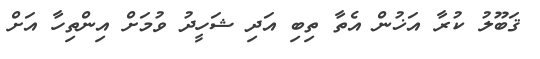
ޤަބޫލު ކުރާ އަޚުން އެތާ ތިބި އަދި ޝަހީދު ވުމަށް އިންތިހާ އަށް